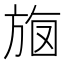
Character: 𣃳